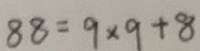
8 8 = 9 \times 9 + 8